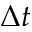
\Delta t